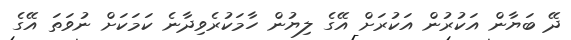
ދޭ ބަޔާން އަކުރުން އަކުރަށް އޭގެ ލިޔުން ހާމަކުރެވިދާނެ ކަމަކަށް ނުވަތަ އޭގެ